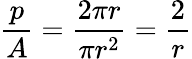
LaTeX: \frac{p}{A}=\frac{2\pi r}{\pi r^{2}}=\frac{2}{r}